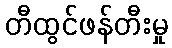
တီထွင်ဖန်တီးမှု